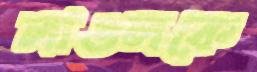
লাঙলকে